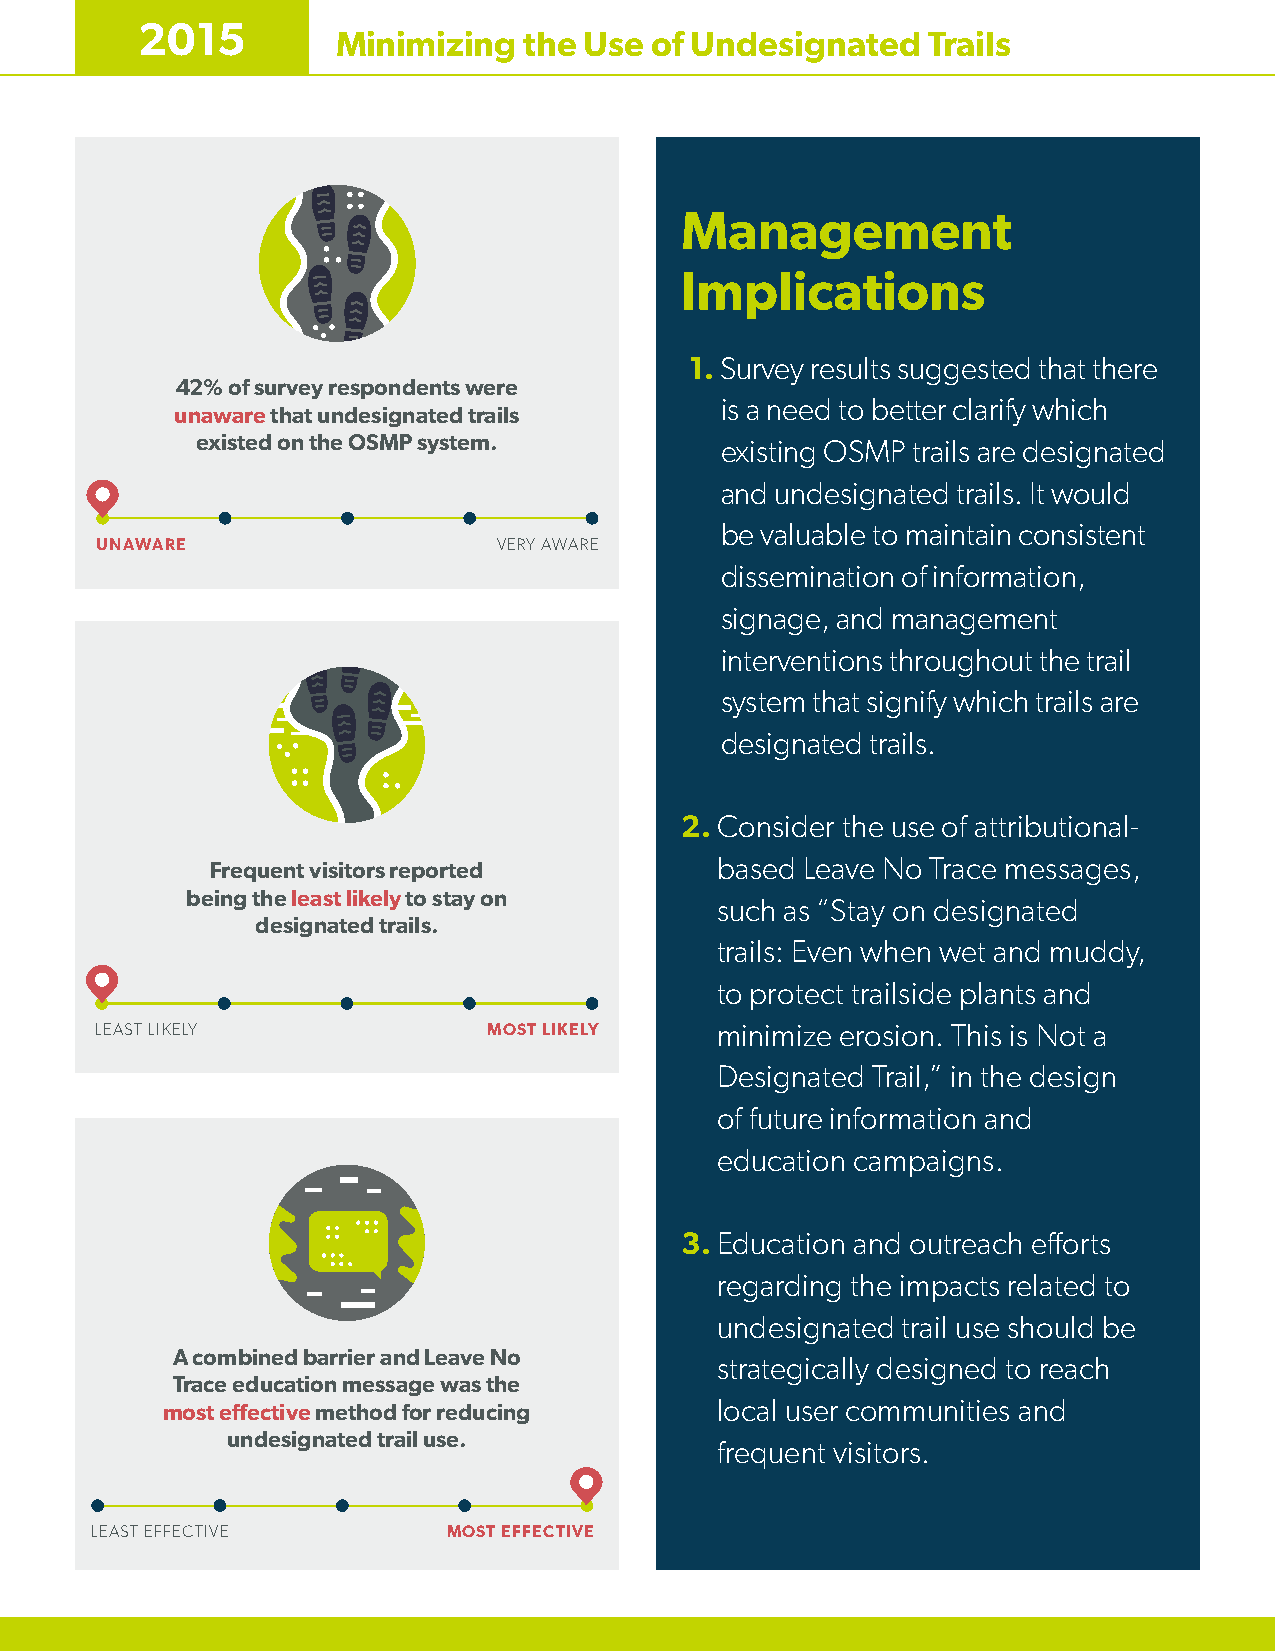
2015
 Minimizing   the Use of Undesignated   Trails
 Management
 Implications
 1. Survey results suggested that there
 42% of survey respondents were
 is a need to better clarify which
 unaware that undesignated trails
 existed on the OSMP system.
 existing OSMP trails are designated
 and undesignated trails. It would
 be valuable to maintain consistent
 UNAWARE                    VERY AWARE
 dissemination of information,
 signage, and management
 interventions throughout the trail
 system that signify which trails are
 designated trails.
 2. Consider the use of attributional-
 Frequent visitors reported       based Leave No Trace messages,
 being the least likely to stay on
 such as “Stay on designated
 designated trails.
 trails: Even when wet and muddy,
 to protect trailside plants and
 LEAST LIKELY              MOST LIKELY    minimize erosion. This is Not a
 Designated Trail,” in the design
 of future information and
 education campaigns.
 3. Education and outreach efforts
 regarding the impacts related to
 undesignated trail use should be
 A combined barrier and Leave No
 strategically designed to reach
 Trace education message was the
 most effective method for reducing  local user communities and
 undesignated trail use.
 frequent visitors.
 LEAST EFFECTIVE         MOST EFFECTIVE